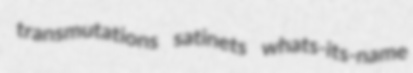
transmutations satinets whats-its-name